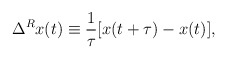
\begin{align*}\Delta^R x(t)\equiv \frac{1}{\tau}[x(t+\tau)-x(t)],\end{align*}